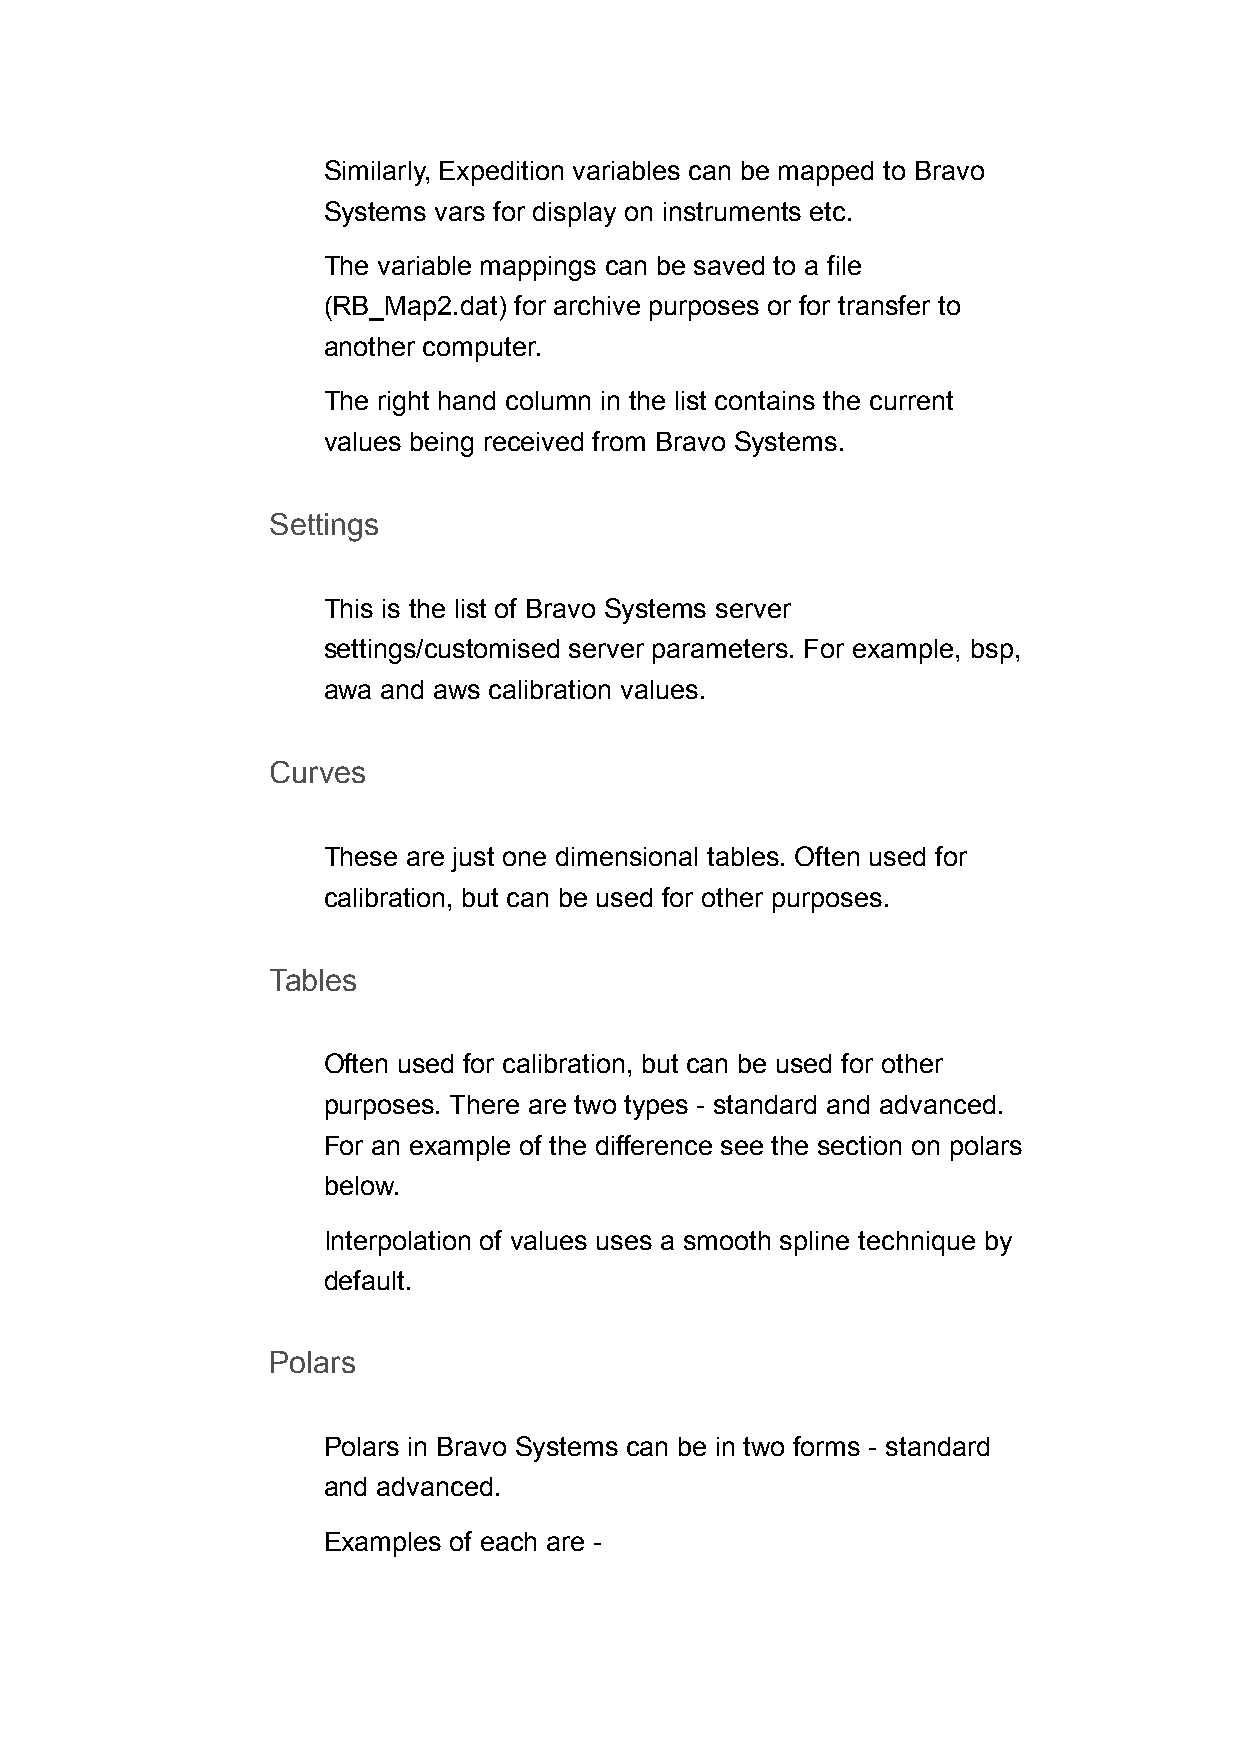
Similarly, Expedition variables can be mapped to Bravo
 Systems vars for display on instruments etc.
 The variable mappings can be saved to a file
 (RB_Map2.dat) for archive purposes or for transfer to
 another computer.
 The right hand column in the list contains the current
 values being received from Bravo Systems.
 Settings
 This is the list of Bravo Systems server
 settings/customised server parameters. For example, bsp,
 awa and aws calibration values.
 Curves
 These are just one dimensional tables. Often used for
 calibration, but can be used for other purposes.
 Tables
 Often used for calibration, but can be used for other
 purposes. There are two types - standard and advanced.
 For an example of the difference see the section on polars
 below.
 Interpolation of values uses a smooth spline technique by
 default.
 Polars
 Polars in Bravo Systems can be in two forms - standard
 and advanced.
 Examples of each are -